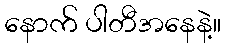
နောက် ပါတီအနေနဲ့။